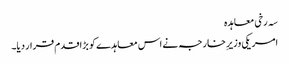
سہ رخی معاہدہ
امریکی وزیرِ خارجہ نے اس معاہدے کو بڑا قدم قرار دیا۔